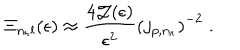
LaTeX: \Xi _ { n _ { r } l } ( \epsilon ) \approx \frac { 4 { \mathcal J } ( \epsilon ) } { \epsilon ^ { 2 } } \left( j _ { p , n _ { r } } \right) ^ { - 2 } \; .